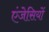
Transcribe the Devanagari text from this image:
एंजेसियों